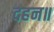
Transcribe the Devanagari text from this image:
दहन॥